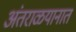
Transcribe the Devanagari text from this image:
अंतराळयानात